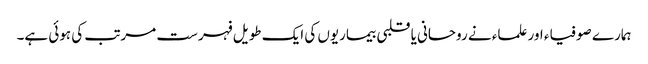
ہمارے صوفیاء اور علماء نے روحانی یا قلبی بیماریوں کی ایک طویل فہرست مرتب کی ہوئی ہے۔